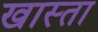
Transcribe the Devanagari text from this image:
खास्ता